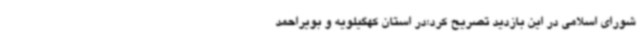
شورای اسلامی در این بازدید تصریح کرد:در استان کهگیلویه و بویراحمد